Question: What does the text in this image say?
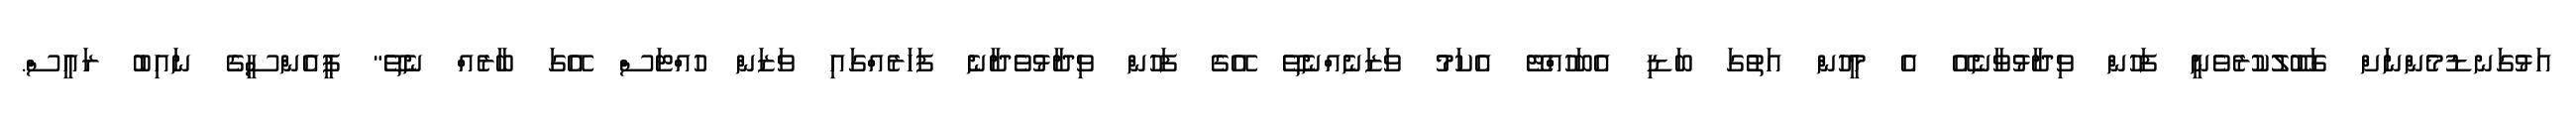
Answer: އަޅުގަނޑުމެންނަށް ގަބޫލުކުރެވެނީ ފަހުން ވިދާޅުވާނެއޭ އެ މީހުން އަތުގަ ބަޑި އެބަހުއްޓޭ އެކަމު ވަޒަނެއްނެތޭ އޭގެ ފަހުން ވިދާޅުވެދާނެ ފަހަރެއްގައި ވަޒަން ހުއްޓަސް އޭގަ ބާރެއް ނެތޭ" ޕީއެންސީގެ ނައިބު ރައީސް.